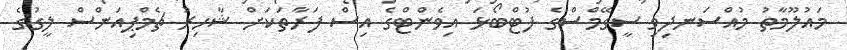
މައުލޫމާތު މުއްސަނދިވި ސީގޭމްސްގެ ފުޓްބޯޅަ އިވެންޓްގެ އިސް ފަރާތަކަށް ޝާހިރު ޗެމްޕިއަންސް ލީގުގެ